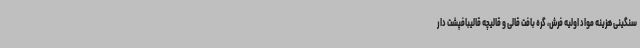
سنگینی هزینه مواد اولیه فرش، گره بافت قالی و قالیچه قالیبافپشت دار